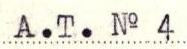
A.T. No 4